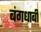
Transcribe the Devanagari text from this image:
बंगधाबी